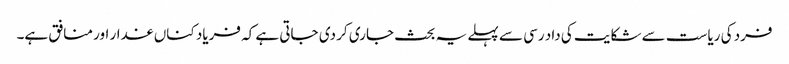
فرد کی ریاست سے شکایت کی داد رسی سے پہلے یہ بحث جاری کر دی جاتی ہے کہ فریاد کناں غدار اور منافق ہے۔